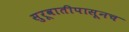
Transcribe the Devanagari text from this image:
सुरूवातीपासूनच